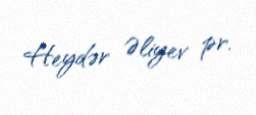
Heydər Əliyev pr.